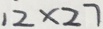
1 2 \times 2 7